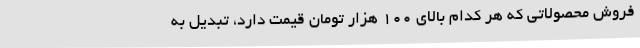
فروش محصولاتی که هر کدام بالای 100 هزار تومان قیمت دارد، تبدیل به